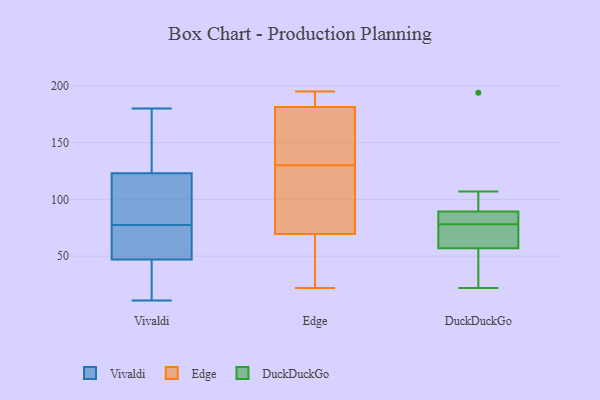
{"axis": {"x": "Churn Rate (%)", "y": "Value"}, "legend": ["DuckDuckGo", "Edge", "Vivaldi"], "data": [{"x": "", "y": 161, "type": "Vivaldi"}, {"x": "", "y": 67, "type": "Vivaldi"}, {"x": "", "y": 180, "type": "Vivaldi"}, {"x": "", "y": 11, "type": "Vivaldi"}, {"x": "", "y": 71, "type": "Vivaldi"}, {"x": "", "y": 27, "type": "Vivaldi"}, {"x": "", "y": 14, "type": "Vivaldi"}, {"x": "", "y": 116, "type": "Vivaldi"}, {"x": "", "y": 82, "type": "Vivaldi"}, {"x": "", "y": 73, "type": "Vivaldi"}, {"x": "", "y": 130, "type": "Vivaldi"}, {"x": "", "y": 86, "type": "Vivaldi"}, {"x": "", "y": 168, "type": "Edge"}, {"x": "", "y": 51, "type": "Edge"}, {"x": "", "y": 132, "type": "Edge"}, {"x": "", "y": 113, "type": "Edge"}, {"x": "", "y": 46, "type": "Edge"}, {"x": "", "y": 22, "type": "Edge"}, {"x": "", "y": 186, "type": "Edge"}, {"x": "", "y": 138, "type": "Edge"}, {"x": "", "y": 74, "type": "Edge"}, {"x": "", "y": 68, "type": "Edge"}, {"x": "", "y": 191, "type": "Edge"}, {"x": "", "y": 187, "type": "Edge"}, {"x": "", "y": 195, "type": "Edge"}, {"x": "", "y": 130, "type": "Edge"}, {"x": "", "y": 103, "type": "Edge"}, {"x": "", "y": 107, "type": "DuckDuckGo"}, {"x": "", "y": 194, "type": "DuckDuckGo"}, {"x": "", "y": 22, "type": "DuckDuckGo"}, {"x": "", "y": 66, "type": "DuckDuckGo"}, {"x": "", "y": 80, "type": "DuckDuckGo"}, {"x": "", "y": 37, "type": "DuckDuckGo"}, {"x": "", "y": 92, "type": "DuckDuckGo"}, {"x": "", "y": 81, "type": "DuckDuckGo"}, {"x": "", "y": 78, "type": "DuckDuckGo"}, {"x": "", "y": 74, "type": "DuckDuckGo"}, {"x": "", "y": 54, "type": "DuckDuckGo"}]}